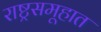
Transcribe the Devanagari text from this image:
राष्ट्रसमूहात